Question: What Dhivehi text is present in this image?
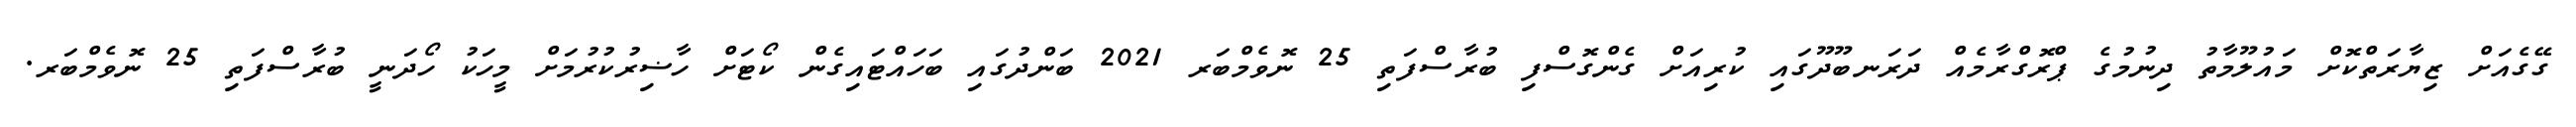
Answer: ގޭގެއަށް ޒިޔާރަތްކޮށް މައުލޫމާތު ދިނުމުގެ ޕްރޮގްރާމެއް ދަރަނބޫދޫގައި ކުރިއަށް ގެންގޮސްފި ބުރާސްފަތި 25 ނޮވެމްބަރ 2021 ބަންދުގައި ބަހައްޓައިގެން ކޯޓަށް ހާޟިރުކުރުމަށް މީހަކު ހޯދަނީ ބުރާސްފަތި 25 ނޮވެމްބަރ.